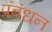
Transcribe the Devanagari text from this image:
प्रंबंधन